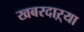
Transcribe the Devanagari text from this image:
खबरदाऱ्या